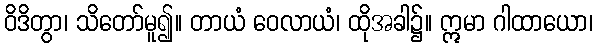
ဝိဒိတွာ၊ သိတော်မူ၍။ တာယံ ဝေလာယံ၊ ထိုအခါ၌။ ဣမာ ဂါထာယော၊